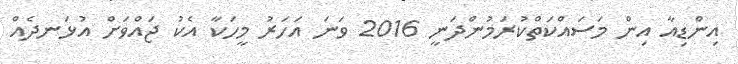
އިންޑިއާ އިން މަސައްކަތްކުރަމުންދަނީ 2016 ވަނަ އަހަރު މީހަކާ އެކު ޖައްވަށް އުޅަނދެއް